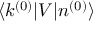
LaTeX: \langle k ^ { ( 0 ) } | V | n ^ { ( 0 ) } \rangle